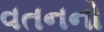
વતનનો